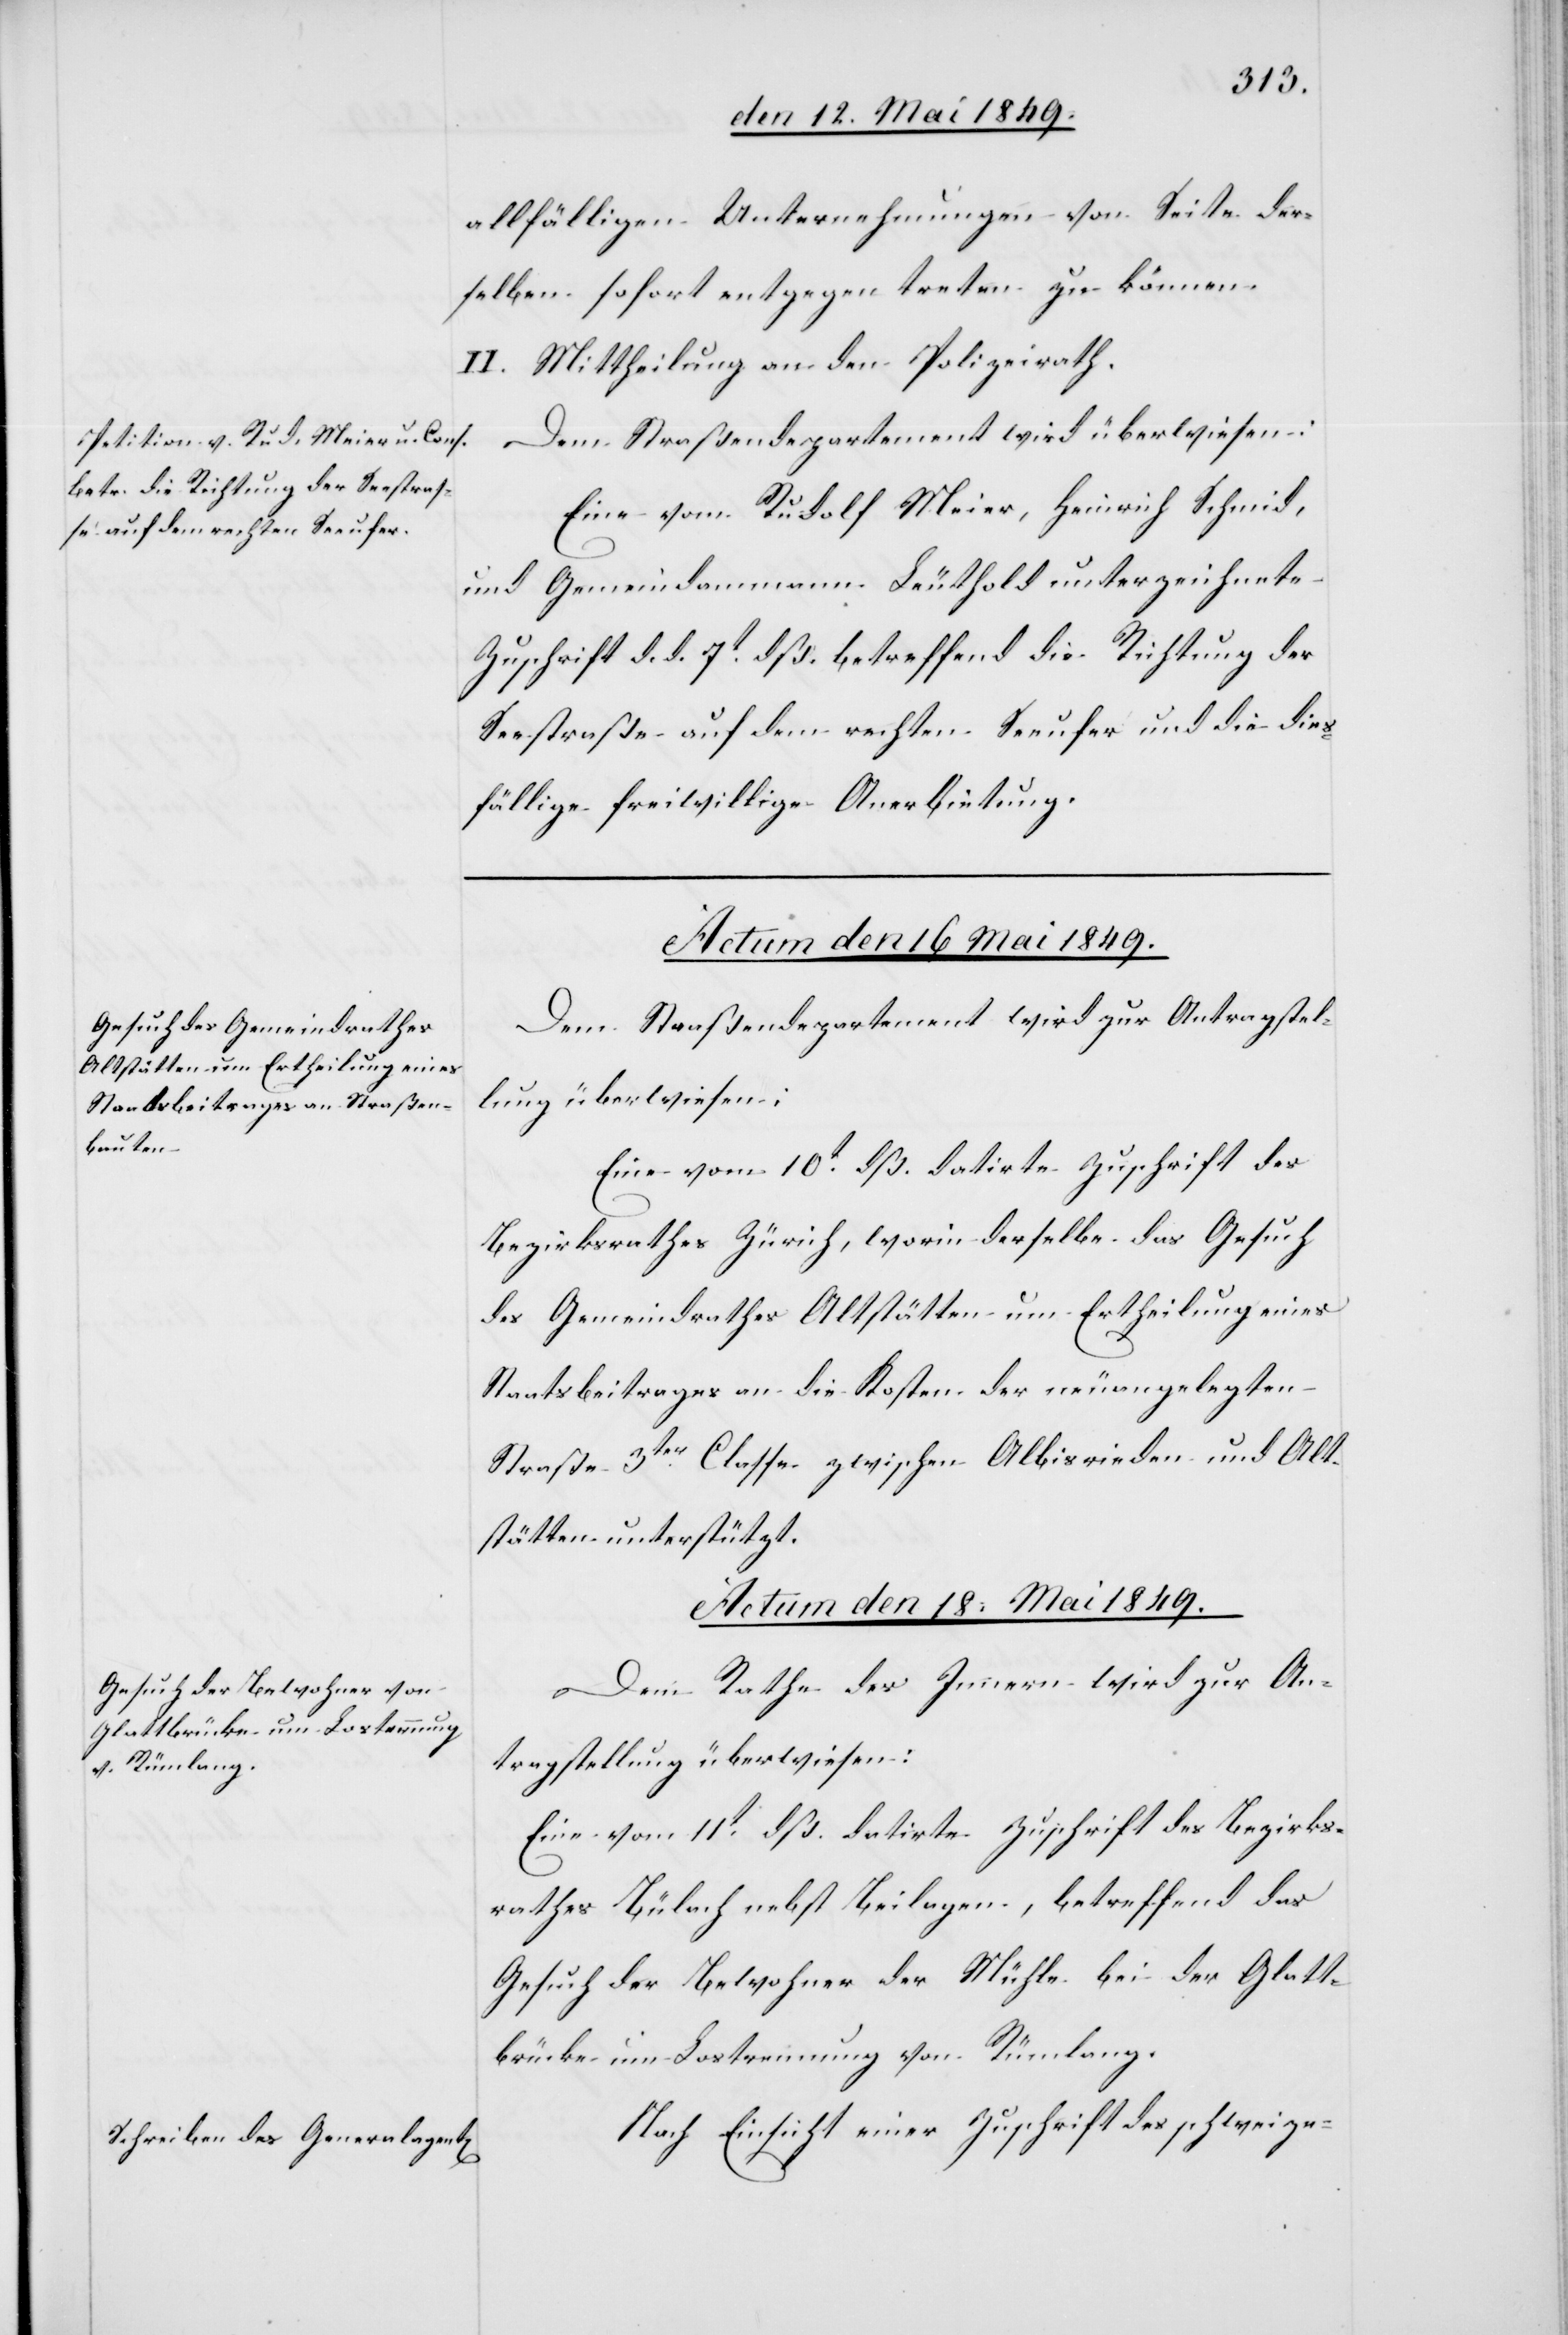
allfälligen Unternehmungen von Seite der¬
selben sofort entgegen treten zu können.
II. Mittheilung an den Polizeirath.
Dem Straßendepartement wird überwiesen:
Eine vom Rudolf Meier, Heinrich Schmid,
und Gemeindammann Leuthold unterzeichnete
Zuschrift d. d. 7t dß. betreffend die Richtung der
Seestraße auf dem rechten Seeufer und die dies¬
fällige freiwillige Anerbietung.
Dem Straßendepartement wird zur Antragstel¬
lung überwiesen:
Eine vom 10t dß. datirte Zuschrift des
Bezirksrathes Zürich, worin derselbe das Gesuch
des Gemeindrathes Altstätten um Ertheilung eines
Staatsbeitrages an die Kosten der neuangelegten
Straße 3ter Classe zwischen Albisrieden und Alt¬
stätten unterstützt.
Actum den 18 Mai 1849.]
Dem Rathe des Innern wird zur An¬
tragstellung überwiesen:
Eine vom 11t dß. datirte Zuschrift des Bezirks¬
rathes Bülach nebst Beilagen, betreffend das
Gesuch der Bewohner der Mühle bei der Glatt¬
brücke um Lostrennung von Rümlang.
Nach Einsicht einer Zuschrift des schweize-